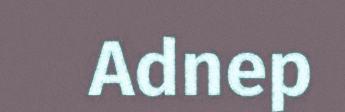
Adnep